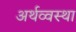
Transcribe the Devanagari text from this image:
अर्थव्वस्था